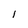
Character: 1